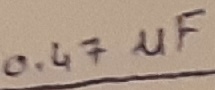
Text: 0.47µF